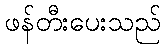
ဖန်တီးပေးသည်